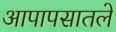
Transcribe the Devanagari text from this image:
आपापसातले